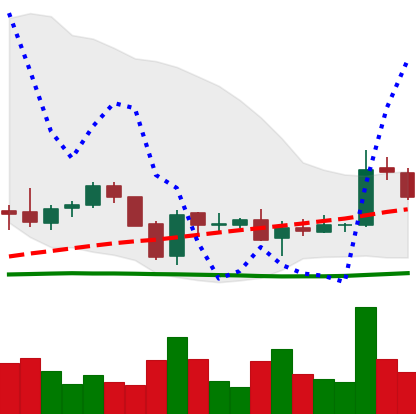
Ticker: EOS-USD
Chart end date: 2018-06-04
Forward return: 4.05%
Label: up_3_5